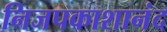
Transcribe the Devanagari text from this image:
निजपकाशानंद